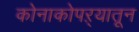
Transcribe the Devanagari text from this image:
कोनाकोपऱ्यातून